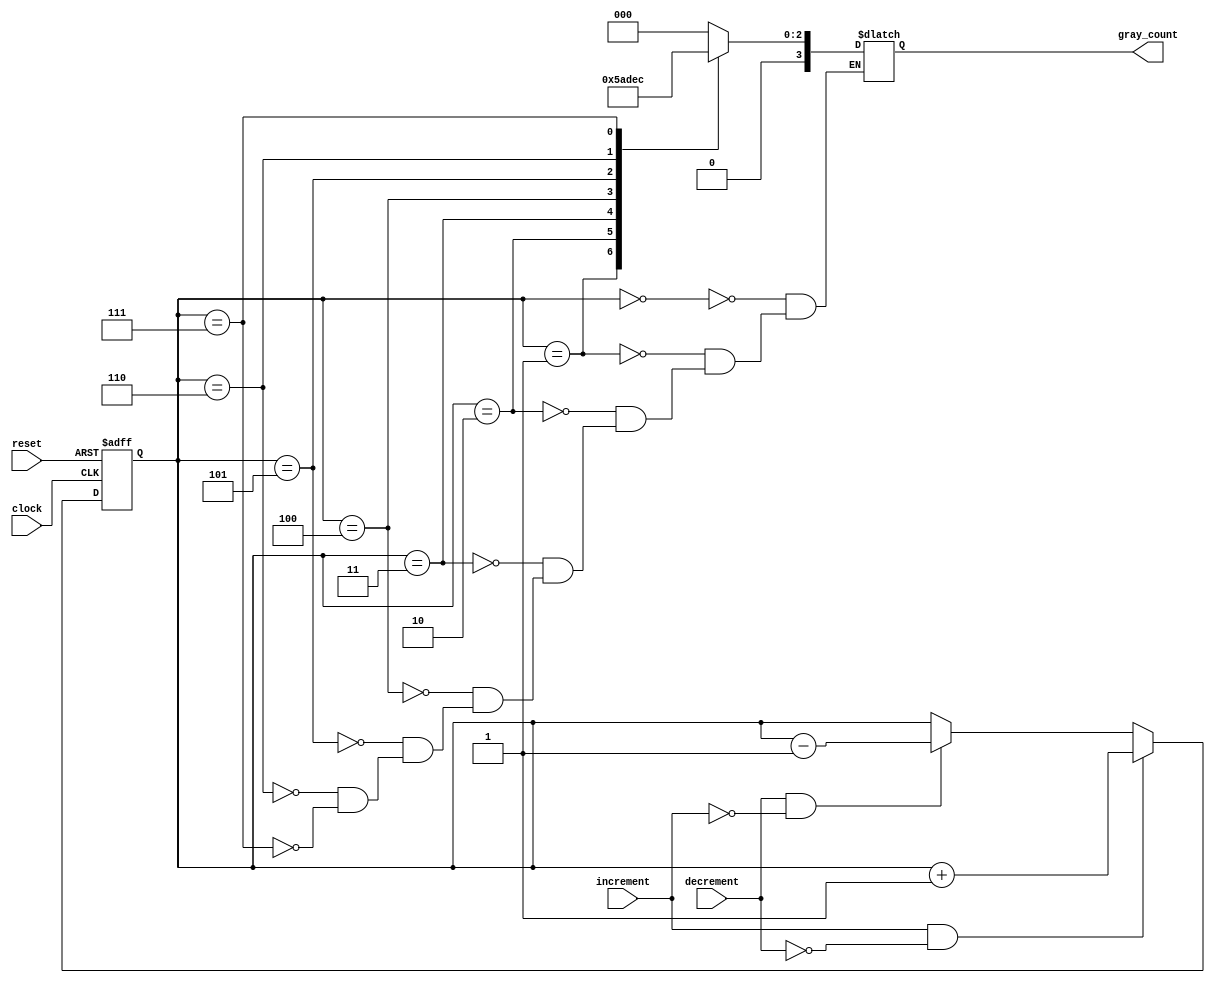
module GrayCounter (
    input clock,
    input reset,
    input increment,
    input decrement,
    output reg[3:0] gray_count
);

reg[3:0] count;

always @(posedge clock or posedge reset) begin
    if (reset) begin
        count <= 4'b0;
    end else begin
        if (increment && ~decrement) begin
            count <= count + 1;
        end else if (decrement && ~increment) begin
            count <= count - 1;
        end
    end
end

always @* begin
    case(count)
        4'b000: gray_count = 4'b000;
        4'b001: gray_count = 4'b001;
        4'b010: gray_count = 4'b011;
        4'b011: gray_count = 4'b010;
        4'b100: gray_count = 4'b110;
        4'b101: gray_count = 4'b111;
        4'b110: gray_count = 4'b101;
        4'b111: gray_count = 4'b100;
    endcase
end

endmodule